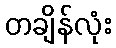
တချိန်လုံး